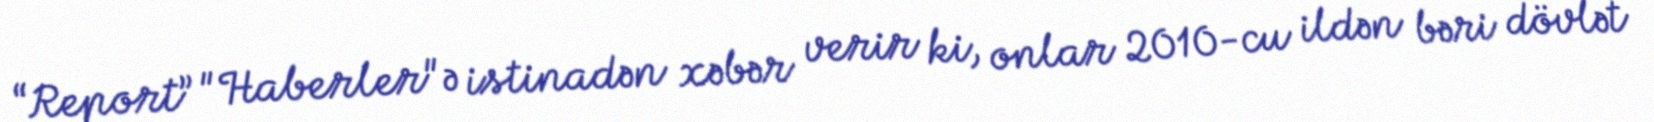
“Report” "Haberler"ə istinadən xəbər verir ki, onlar 2010-cu ildən bəri dövlət